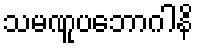
သမဏူပဘောဂါနိ